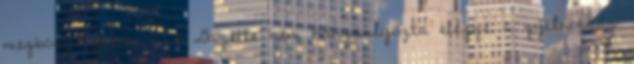
megborzongtam. - A Gazette nem hangsúlyozta eléggé a gyilkosság